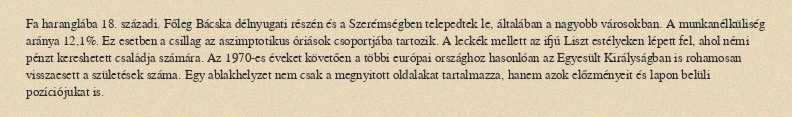
Fa haranglába 18. századi. Főleg Bácska délnyugati részén és a Szerémségben telepedtek le, általában a nagyobb városokban. A munkanélküliség aránya 12,1%. Ez esetben a csillag az aszimptotikus óriások csoportjába tartozik. A leckék mellett az ifjú Liszt estélyeken lépett fel, ahol némi pénzt kereshetett családja számára. Az 1970-es éveket követően a többi európai országhoz hasonlóan az Egyesült Királyságban is rohamosan visszaesett a születések száma. Egy ablakhelyzet nem csak a megnyitott oldalakat tartalmazza, hanem azok előzményeit és lapon belüli pozíciójukat is.